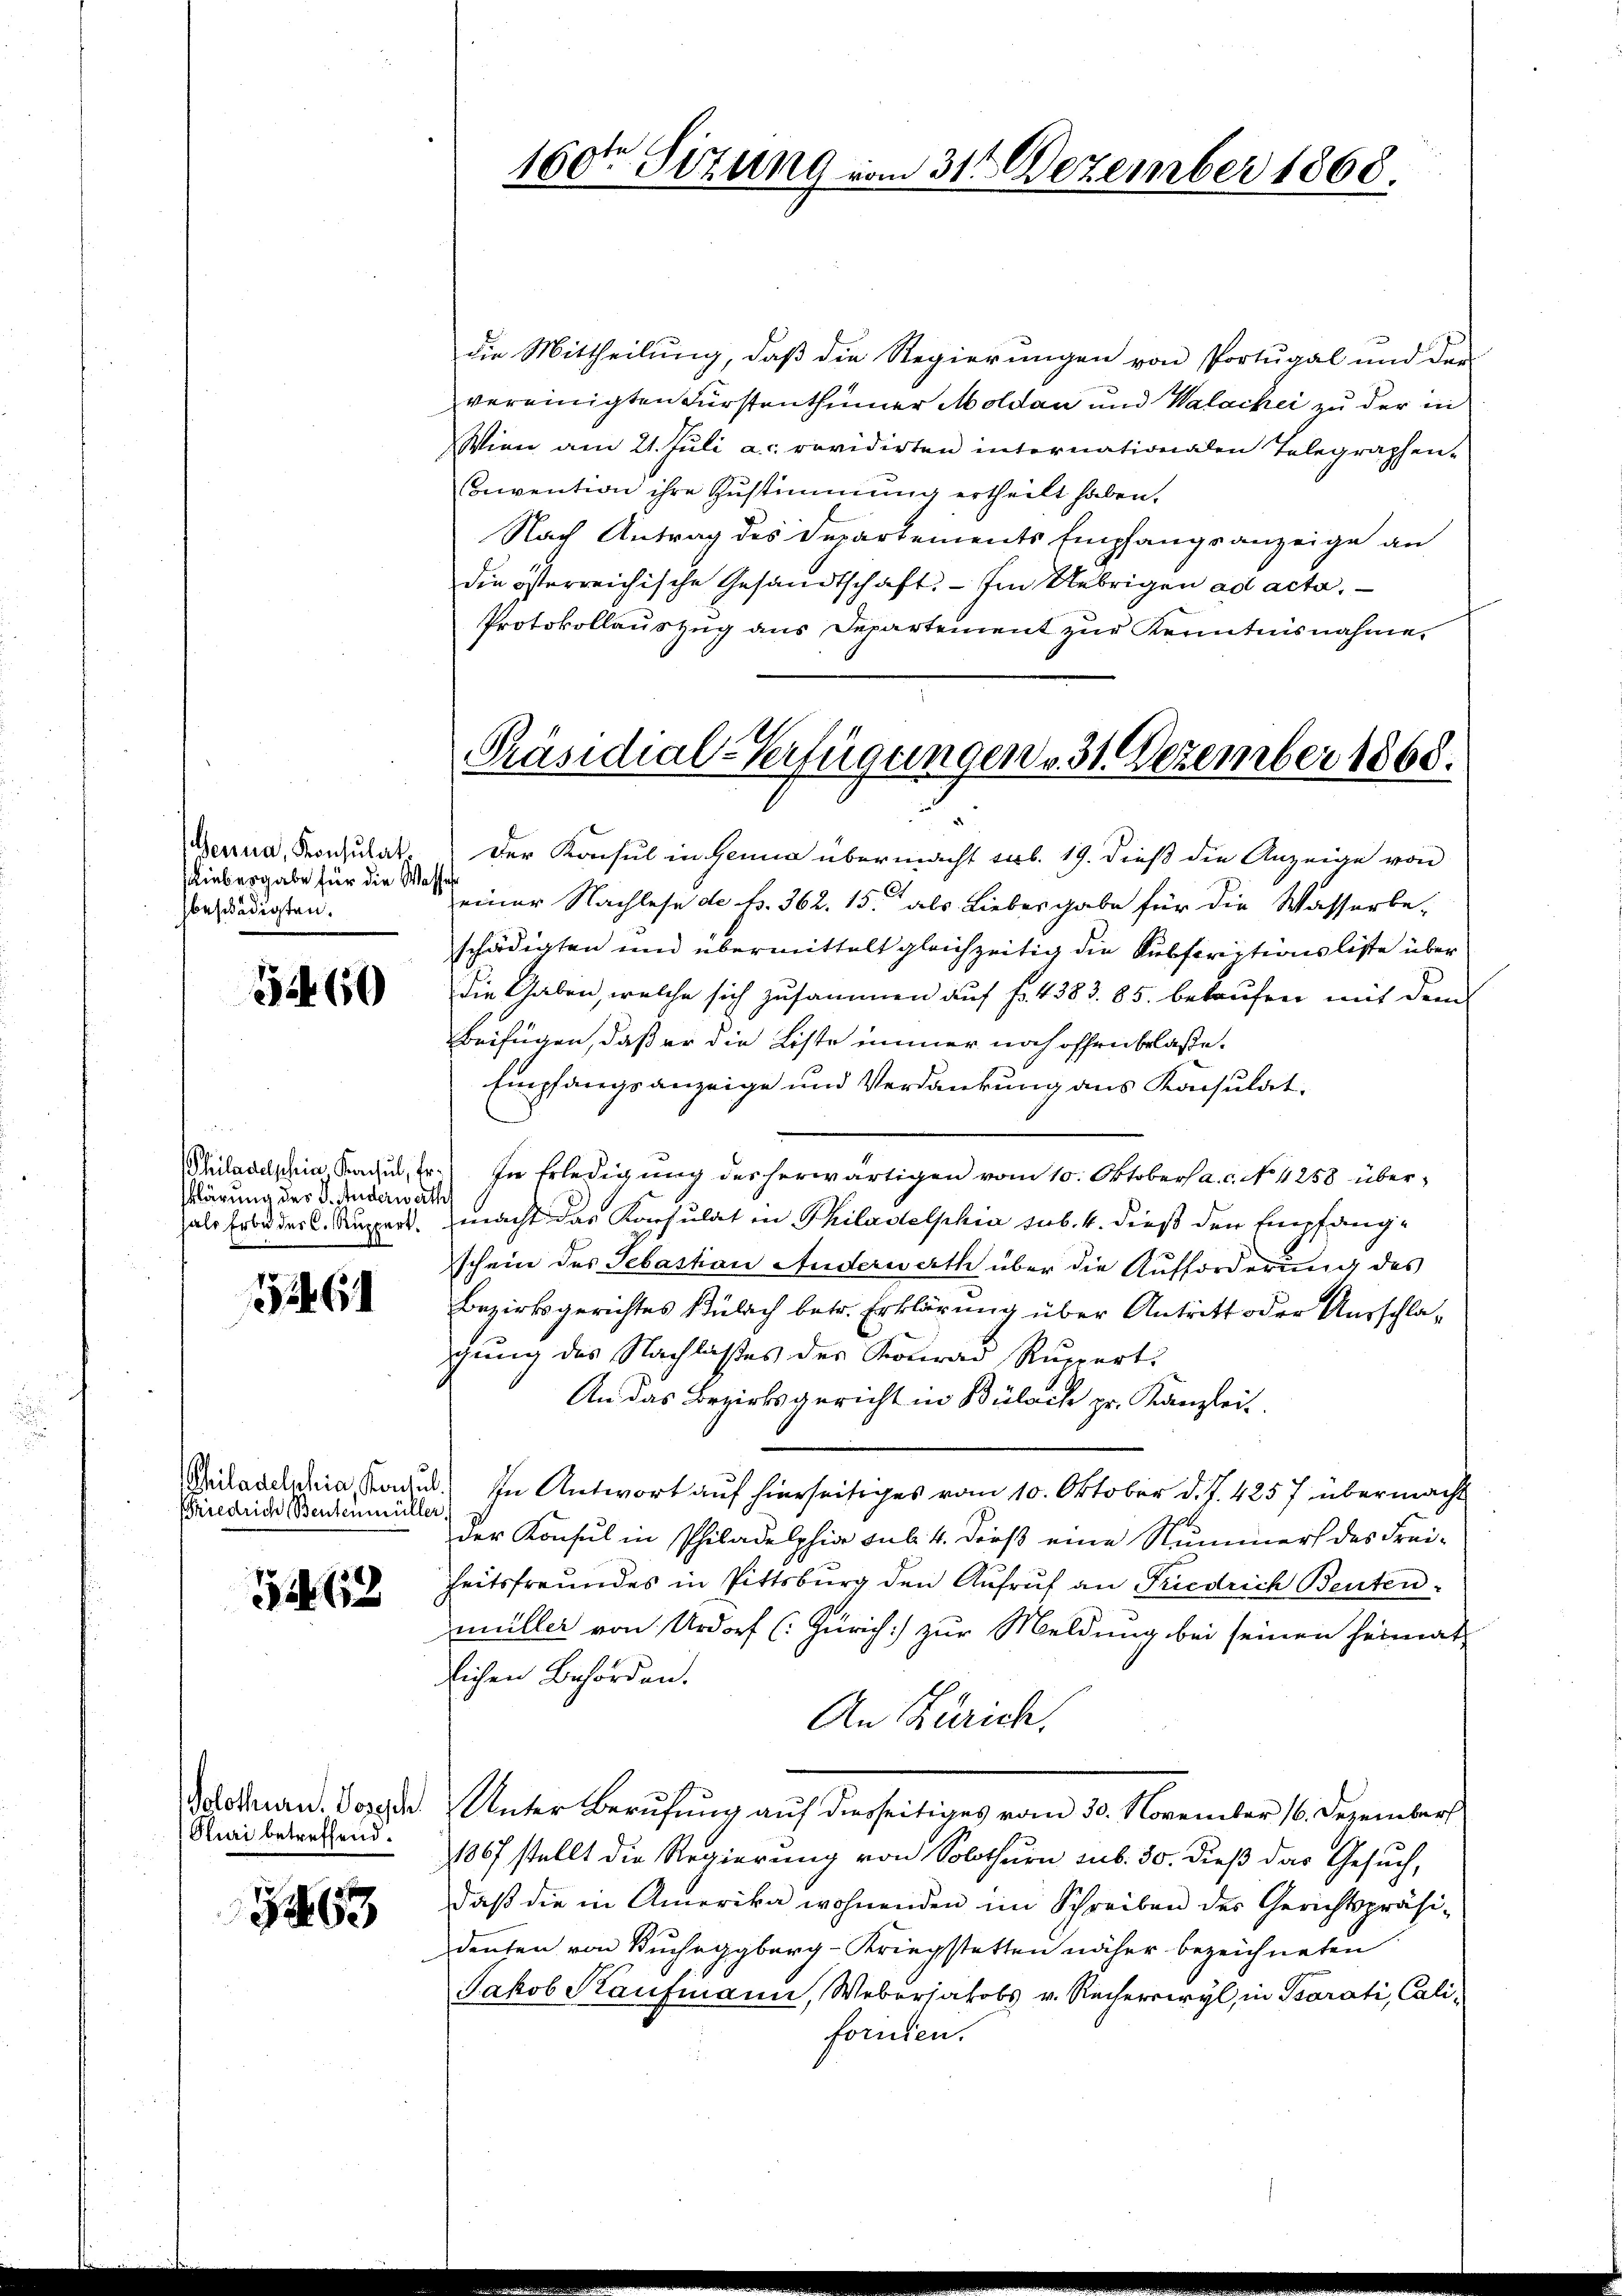
Genua, Konsulat
Liebesgabe für die Wass
beschädigten.

560

hiladelschein, Konsul, Erklärung des J. Anderwerth
als Erbe des C. Ruppert.

1261

Chiladelnhia, Konsul
Friedriche Benteinmülle

1162

die Mittheilung, daß die Regierungen von Portugal und der
vereinigten Fürstenthümer Moldau und Walackei zu der in
Wien am 21. Juli a. revidirten internationalen Telegraphen-
onvention ihre Zustimmung ertheilt haben.
Nach Antrag des Departements Empfangsanzeige an
die österreichische Gesandtschaft. - Im Uebrigen ad acta,
Protokollauszug aus Departement zur Kenntnisnahme,

Solothurn. Joseph
Puri betreffend.

3463

160ten Sitzung vom 31. Dezember 1868.

Präsidial-Verfügungen v. 31. Dezember 1868.

Der Konsul in Genua übermacht sub. 19. dieß die Anzeige von
Deiner Nachlese de Nr. 362. 15. als Liebesgabe für die Wasserbe-
schädigten und übermittelt gleichzeitig die Subscriptionsliste über
die Gaben, welche sich zusammen auf fl. 4383. 85. bekaufen mit dem
Beifügen, daß er die Liste immer noch offen Erlaße¬
Empfangsanzeige und Verdankung aus Konsulat,
In Erledigung des herwärtigen vom 10. Oktober a. c. No. 4258 übermacht das Konsulat in Philadelphia sub. 4. dieß den Empfangschein des Sebastian Anderwerth über die Aufforderung des
Bezirksgerichtes Bülach betr. Erklärung über Antritt oder Ausschlagung des Nachlasses der Konrad Rupert
An das Bezirksgericht in Bülach pr. Kanzleit
In Antwort auf hierseitiges vom 10. Oktober d. J. 4257 übermacht
der Konsul in Philadelphia sub. 4. dieß eine Nummers des Freiheitsfreundes in Pittsburg den Aufruf an Friedrich Benten
müller von Urdorf (: Zürich) zur Meldung bei seinen Heimat
lichen Behörden.
An Zürich.
Unter Berufung auf diesseitiges vom 30. November 16. Dezember
1867 stellt die Regierung von Solothurn sub. 30. dieß das Gesuch,
daß die in Amerika wohnenden im Schreiben des Gerichtspräsi-
denten von Kucheggberg-Kriegstetten näher bezeichneten
Jakob Kaufmann, Weberjakobs v. Recherwyl, in Parati, Californien.